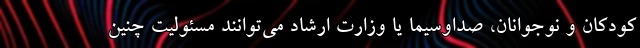
کودکان و نوجوانان، صداوسیما یا وزارت ارشاد می‌توانند مسئولیت چنین